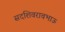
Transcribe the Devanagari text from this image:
सदशिवरावभाऊ